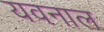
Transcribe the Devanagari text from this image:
यवनाल